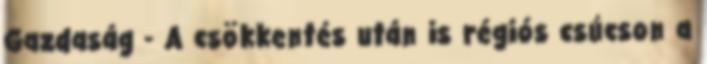
Gazdaság - A csökkentés után is régiós csúcson a